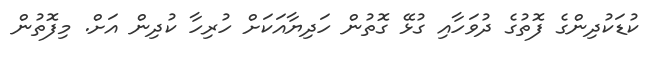
ކުޑަކުދިންގެ ފޮތުގެ ދުވަހާއި ގުޅޭ ގޮތުން ހަދިޔާއަކަށް ހުރިހާ ކުދިން އަށް. މިފޮތުން